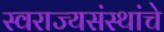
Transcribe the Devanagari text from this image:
स्वराज्यसंस्थांचे